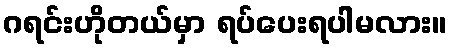
ဂရင်းဟိုတယ်မှာ ရပ်ပေးရပါမလား။